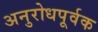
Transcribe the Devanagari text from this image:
अनुरोधपूर्वक